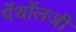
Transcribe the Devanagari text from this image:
पॅथॉलजी